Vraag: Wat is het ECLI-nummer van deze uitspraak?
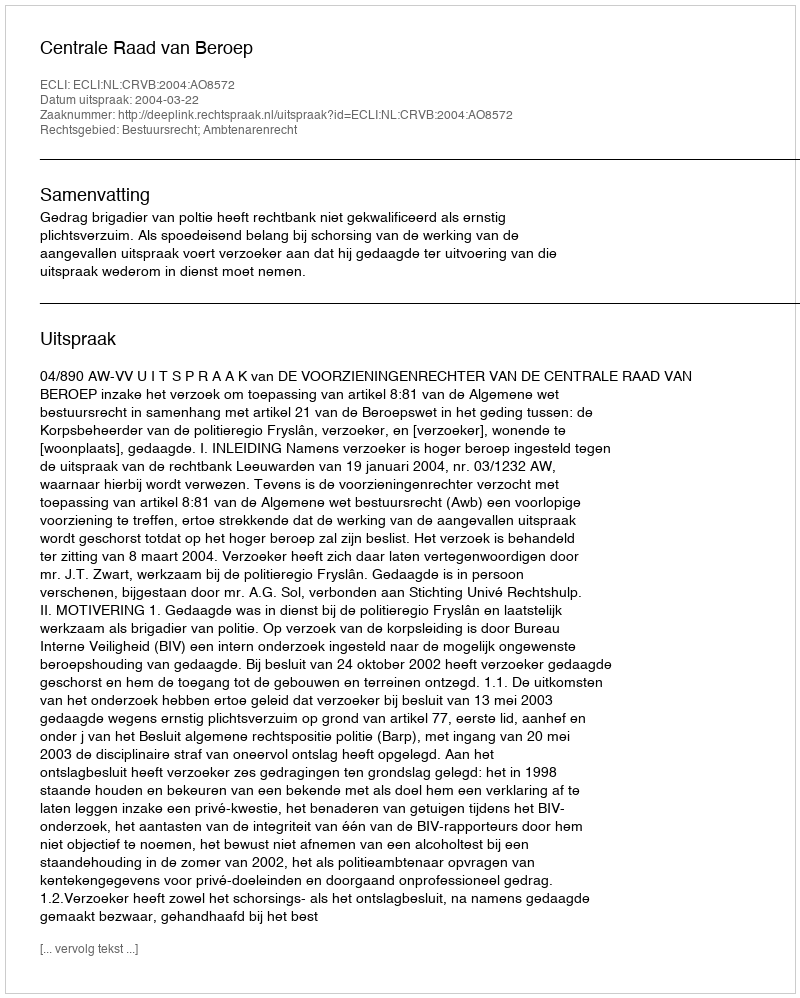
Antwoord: ECLI:NL:CRVB:2004:AO8572